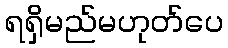
ရရှိမည်မဟုတ်ပေ